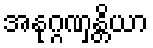
အနုဂ္ဂဏှန္တိယာ